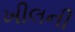
ખીલની